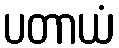
ပတာယံ